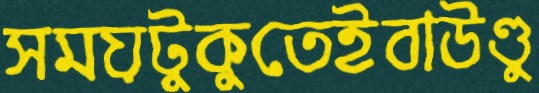
সময়টুকুতেইবাউণ্ডু